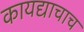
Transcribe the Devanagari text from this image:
कायद्याचाच